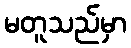
မတူသည်မှာ